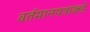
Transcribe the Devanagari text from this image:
वर्तमानपत्रांकडे